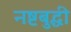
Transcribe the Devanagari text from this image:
नष्टबुद्धी